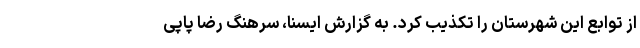
از توابع این شهرستان را تکذیب کرد. به گزارش ایسنا، سرهنگ رضا پاپی